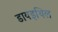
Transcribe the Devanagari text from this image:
डायइथिल